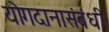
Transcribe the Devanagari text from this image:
योगदानासंबंधी